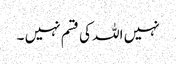
نہیں اللہ کی قسم نہیں ۔